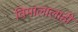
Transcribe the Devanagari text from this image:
विमालालाही